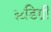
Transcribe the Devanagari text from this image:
३८डिग्री